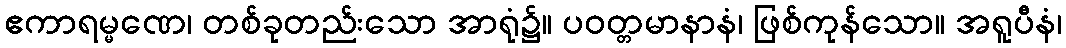
ဧကာရမ္မဏေ၊ တစ်ခုတည်းသော အာရုံ၌။ ပဝတ္တမာနာနံ၊ ဖြစ်ကုန်သော။ အရူပီနံ၊